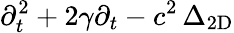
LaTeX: \partial_{t}^{2}+2\gamma\partial_{t}-c^{2}\, \Delta_{\mathrm{2D}}